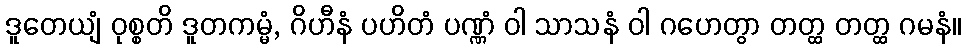
ဒူတေယျံ ဝုစ္စတိ ဒူတကမ္မံ, ဂိဟီနံ ပဟိတံ ပဏ္ဏံ ဝါ သာသနံ ဝါ ဂဟေတွာ တတ္ထ တတ္ထ ဂမနံ။